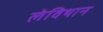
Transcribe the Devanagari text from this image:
लेविथान